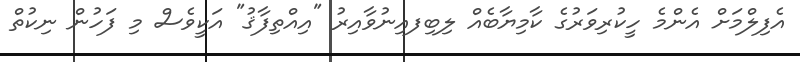
އެފިލްމަށް އެންމެ ހީކުރިވަރުގެ ކާމިޔާބެއް ލިބިފއިނުވާއިރު "އިއްތިފާޤު" އަކީވެސް މި ފަހުން ނިކުތް